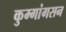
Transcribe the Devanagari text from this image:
कुम्गांगसन